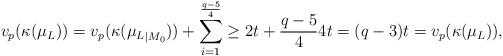
LaTeX: \begin{align*}v_p(\kappa(\mu_L))=v_p(\kappa({\mu_L}_{\vert M_0}))+\sum_{i=1}^{\frac{q-5}{4}}\geq2t+{\frac{q-5}{4}}4t=(q-3)t= v_p(\kappa(\mu_L)),\end{align*}